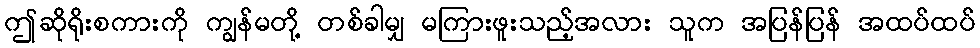
ဤဆိုရိုးစကားကို ကျွန်မတို့ တစ်ခါမျှ မကြားဖူးသည့်အလား သူက အပြန်ပြန် အထပ်ထပ်